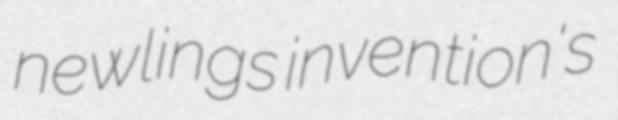
newlings invention's